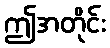
ဤအတိုင်း